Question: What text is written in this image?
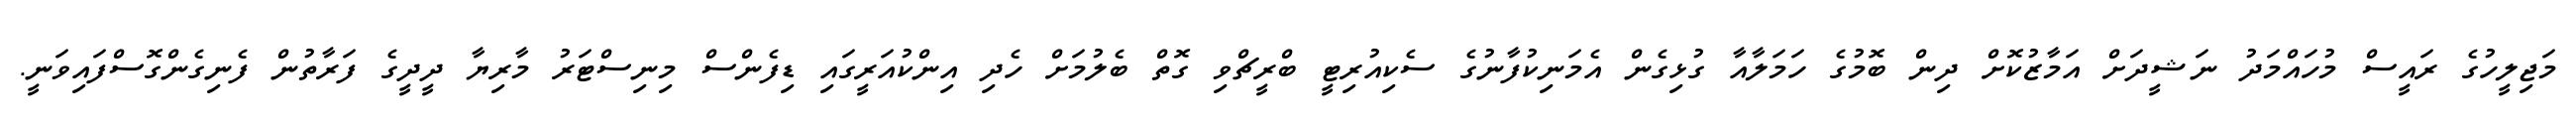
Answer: މަޖިލީހުގެ ރައީސް މުހައްމަދު ނަޝީދަށް އަމާޒުކޮށް ދިން ބޮމުގެ ހަމަލާއާ ގުޅިގެން އެމަނިކުފާނުގެ ސެކިއުރިޓީ ބްރީޗްވި ގޮތް ބެލުމަށް ހެދި އިންކުއަރީގައި ޑިފެންސް މިނިސްޓަރު މާރިޔާ ދީދީގެ ފަރާތުން ފެނިގެންގޮސްފައިވަނީ.